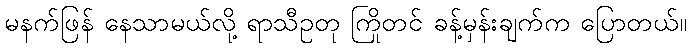
မနက်ဖြန် နေသာမယ်လို့ ရာသီဥတု ကြိုတင် ခန့်မှန်းချက်က ပြောတယ်။